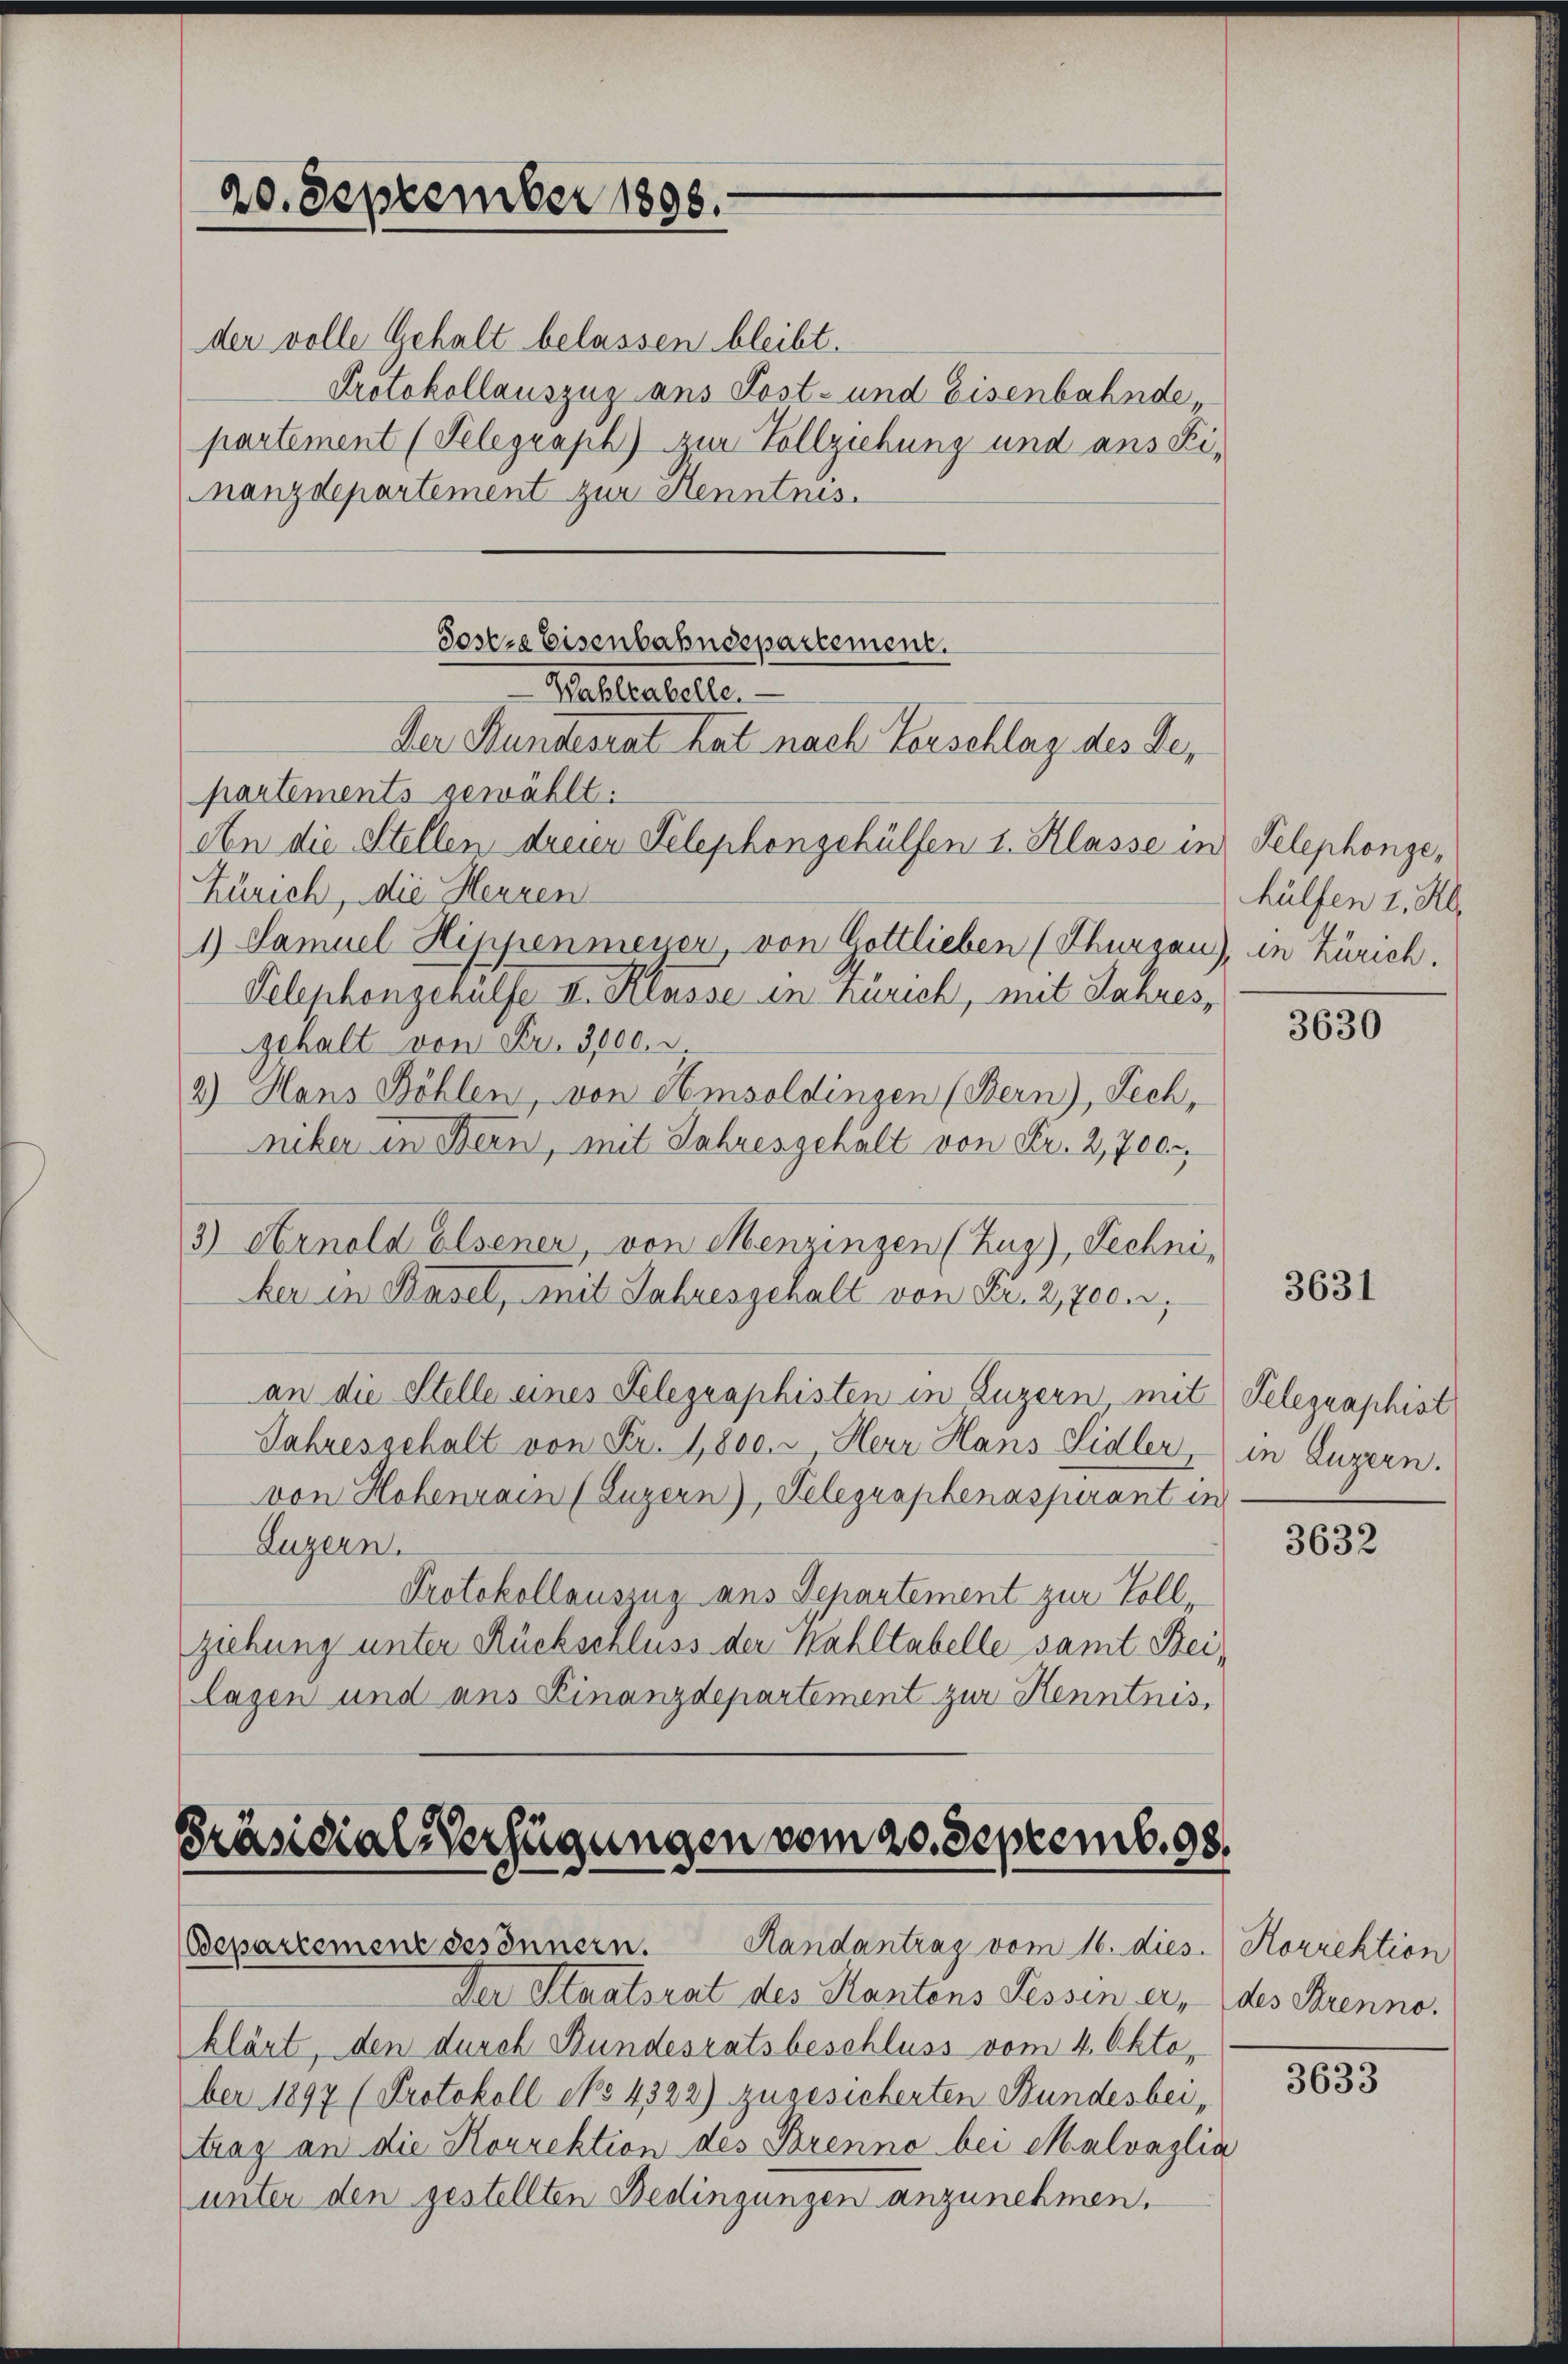
20. September 1898.

der volle Gehalt belassen bleibt.
Protokollauszug aus Post- und Eisenbahnde
partement (Telegraph) zur Vollziehung und aus Finanzdepartement zur Kenntnis.
Sostre Eisenbahndepartement.

An die Stellen dreier Telephongehülfen I. Klasse in Telephonge,
Zürich, die Herren
1) Samuel Hippenmeyer, von Gottlieben (Thurgau), in Zürich.
Telenhongehülfe II. Klasse in Zürich, mit Jahres,
Gehalt von Fr. 3000. d.
2) Hans Böhlen, von Amsoldingen (Bern), Pech,
niker in Bern, mit Jahrengehalt von Fr. 2,700.
3) Arnold elsener, von Menzingen (Zug), Techni
ker in Basel, mit Jahresgehalt von Fr. 2,700
an die Stelle eines Telegraphisten in Luzern mit Telegraphist
Jahresgehalt von Fr. 1,800. u Herr Hans Sidler, in Luzern.
von Hohenrain (Luzern), Telegraphenaspirant in
Luzern.
Protokollauszug aus Departement zur Vollziehung unter Rückschluss der Wahltabelle samt Beilagen und aus Finanzdepartement zur Kenntnis,

Valletele
Der Bundesrat hat nach Vorschlag des Gepartements gewählt:

Präsidial-Verfügungen vom 20. Septemb. 98.
Bepartement besonnern. Handantrag vom 16. dies. Korrektion

Der Staatsrat des Kantons Tessin er, des Brenno
klärt, den durch Bundesratsbeschluss vom 4. Oktober 1897 (Protokoll No 4322) zugesicherten Bundesbeitrag an die Korrektion des Brenno bei Malvazlia
unter den gestellten Bedingungen anzunehmen.

hülfen I. Kl.

3630

3631

3632

3633